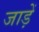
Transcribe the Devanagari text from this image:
जाड़ें